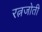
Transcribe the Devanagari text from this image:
रत्नजोती